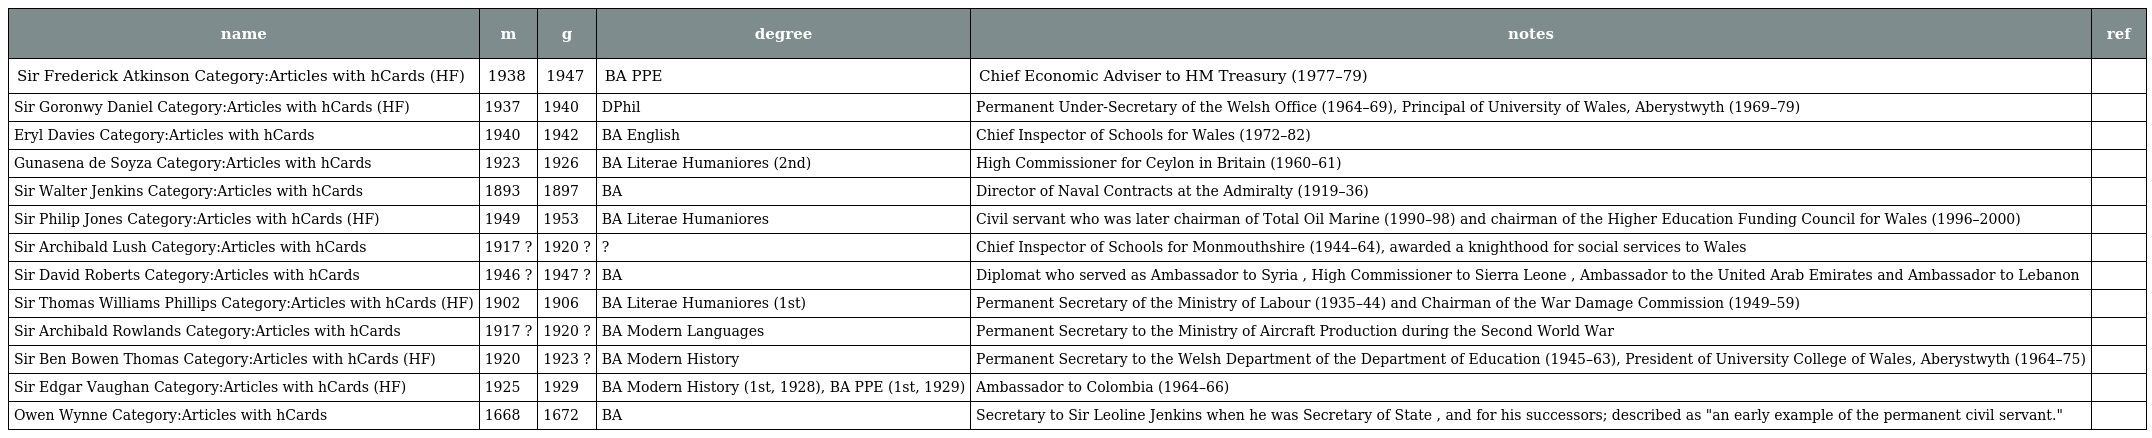
| name | m | g | degree | notes | ref |
 | --- | --- | --- | --- | --- | --- |
 | Sir Frederick Atkinson Category:Articles with hCards (HF) | 1938 | 1947 | BA PPE | Chief Economic Adviser to HM Treasury (1977–79) |  |
 | Sir Goronwy Daniel Category:Articles with hCards (HF) | 1937 | 1940 | DPhil | Permanent Under-Secretary of the Welsh Office (1964–69), Principal of University of Wales, Aberystwyth (1969–79) |  |
 | Eryl Davies Category:Articles with hCards | 1940 | 1942 | BA English | Chief Inspector of Schools for Wales (1972–82) |  |
 | Gunasena de Soyza Category:Articles with hCards | 1923 | 1926 | BA Literae Humaniores (2nd) | High Commissioner for Ceylon in Britain (1960–61) |  |
 | Sir Walter Jenkins Category:Articles with hCards | 1893 | 1897 | BA | Director of Naval Contracts at the Admiralty (1919–36) |  |
 | Sir Philip Jones Category:Articles with hCards (HF) | 1949 | 1953 | BA Literae Humaniores | Civil servant who was later chairman of Total Oil Marine (1990–98) and chairman of the Higher Education Funding Council for Wales (1996–2000) |  |
 | Sir Archibald Lush Category:Articles with hCards | 1917 ? | 1920 ? | ? | Chief Inspector of Schools for Monmouthshire (1944–64), awarded a knighthood for social services to Wales |  |
 | Sir David Roberts Category:Articles with hCards | 1946 ? | 1947 ? | BA | Diplomat who served as Ambassador to Syria , High Commissioner to Sierra Leone , Ambassador to the United Arab Emirates and Ambassador to Lebanon |  |
 | Sir Thomas Williams Phillips Category:Articles with hCards (HF) | 1902 | 1906 | BA Literae Humaniores (1st) | Permanent Secretary of the Ministry of Labour (1935–44) and Chairman of the War Damage Commission (1949–59) |  |
 | Sir Archibald Rowlands Category:Articles with hCards | 1917 ? | 1920 ? | BA Modern Languages | Permanent Secretary to the Ministry of Aircraft Production during the Second World War |  |
 | Sir Ben Bowen Thomas Category:Articles with hCards (HF) | 1920 | 1923 ? | BA Modern History | Permanent Secretary to the Welsh Department of the Department of Education (1945–63), President of University College of Wales, Aberystwyth (1964–75) |  |
 | Sir Edgar Vaughan Category:Articles with hCards (HF) | 1925 | 1929 | BA Modern History (1st, 1928), BA PPE (1st, 1929) | Ambassador to Colombia (1964–66) |  |
 | Owen Wynne Category:Articles with hCards | 1668 | 1672 | BA | Secretary to Sir Leoline Jenkins when he was Secretary of State , and for his successors; described as "an early example of the permanent civil servant." |  |